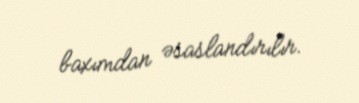
baxımdan əsaslandırılır.